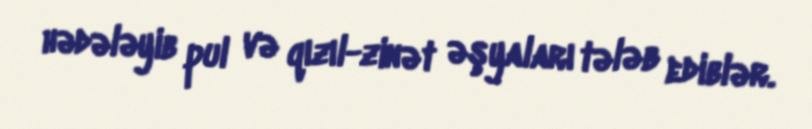
hədələyib pul və qızıl-zinət əşyaları tələb ediblər.